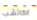
الكاتشب